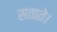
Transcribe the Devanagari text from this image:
सताते।